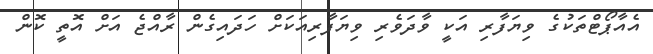
އެއާޕޯޓްތަކުގެ ވިޔަފާރި އަކީ ވާދަވެރި ވިޔަފާރިއަކަށް ހަދައިގެން ރާއްޖެ އަށް އޮތީ ކޮން